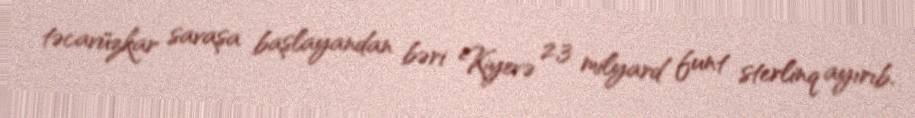
təcavüzkar savaşa başlayandan bəri Kiyevə 2,3 milyard funt sterlinq ayırıb.